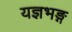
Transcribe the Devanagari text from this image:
यज्ञभङ्ग